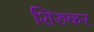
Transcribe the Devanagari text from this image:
शिरुकर